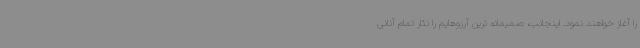
را آغاز خواهند نمود. اینجانب، صمیمانه ترین آرزوهایم را نثار تمام آنانی